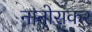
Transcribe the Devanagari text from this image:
नानोसकर